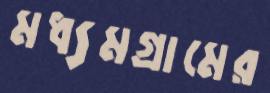
মধ্যমগ্রামের